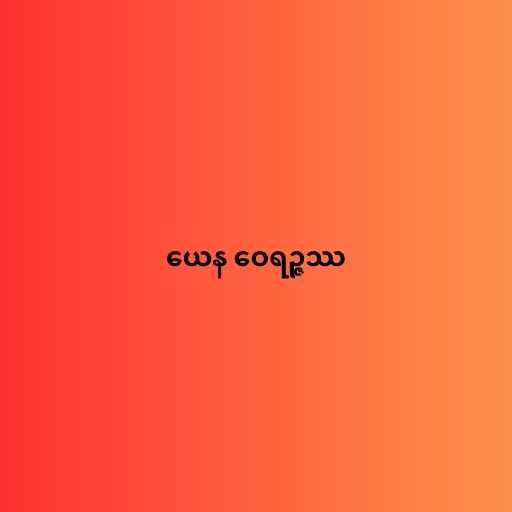
ယေန ဝေရဉ္ဇဿ